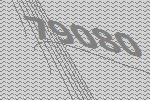
79080